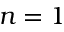
n = 1